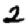
Digit: 2